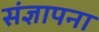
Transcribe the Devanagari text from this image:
संज्ञापना